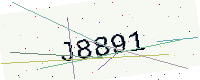
Text: J8891